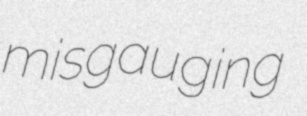
misgauging